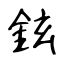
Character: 鉉